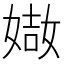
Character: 𡟌